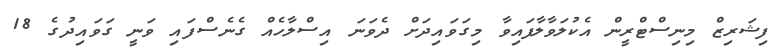
ފިޝަރިޒް މިނިސްޓްރީން އެކުލަވާލާފައިވާ މިގަވައިދަށް ދެވަނަ އިސްލާހެއް ގެނެސްފައި ވަނީ ގަވައިދުގެ 18